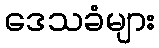
ဒေသခံများ